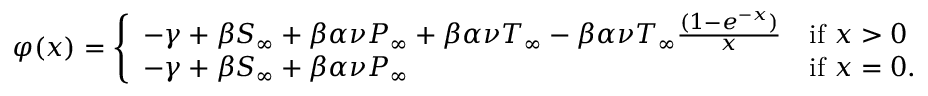
\varphi ( x ) = \left\{ \begin{array} { l l } { - \gamma + \beta S _ { \infty } + \beta \alpha \nu P _ { \infty } + \beta \alpha \nu T _ { \infty } - \beta \alpha \nu T _ { \infty } \frac { ( 1 - e ^ { - x } ) } { x } } & { \mathrm { i f ~ } x > 0 } \\ { - \gamma + \beta S _ { \infty } + \beta \alpha \nu P _ { \infty } } & { \mathrm { i f ~ } x = 0 . } \end{array} \right.